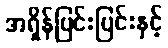
အရှိန်ပြင်းပြင်းနှင့်